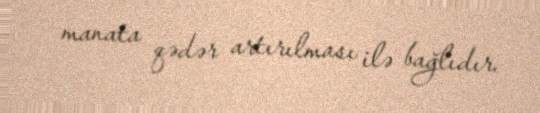
manata qədər artırılması ilə bağlıdır.